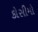
કોસીમો